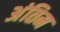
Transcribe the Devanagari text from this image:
अंतिम